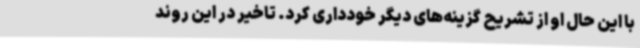
با این حال او از تشریح گزینه‌های دیگر خودداری کرد. تاخیر در این روند